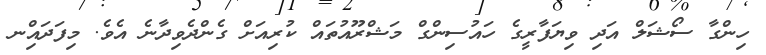
ހިންގާ ސޯޝަލް އަދި ވިޔަފާރީގެ ހައުސިންގް މަޝްރޫއުތައް ކުރިއަށް ގެންދެވިދާނެ އެވެ. މިފަދައިްނ